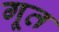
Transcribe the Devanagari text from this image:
गूत